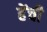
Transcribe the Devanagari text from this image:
हेंची